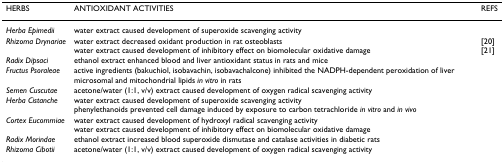
<table><thead><tr><td><b>HERBS</b></td><td><b>ANTIOXIDANT ACTIVITIES</b></td><td><b>REFS</b></td></tr></thead><tbody><tr><td><i>Herba Epimedii</i></td><td>water extract caused development of superoxide scavenging activity</td><td>[EMPTY_CELL]</td></tr><tr><td><i>Rhizoma Drynariae</i></td><td>water extract decreased oxidant production in rat osteoblastswater extract caused development of inhibitory effect on biomolecular oxidative damage</td><td>[20][21]</td></tr><tr><td><i>Radix Dipsaci</i></td><td>ethanol extract enhanced blood and liver antioxidant status in rats and mice</td><td>[EMPTY_CELL]</td></tr><tr><td><i>Fructus Psoraleae</i></td><td>active ingredients (bakuchiol, isobavachin, isobavachalcone) inhibited the NADPH-dependent peroxidation of liver microsomal and mitochondrial lipids <i>in vitro </i>in rats</td><td>[EMPTY_CELL]</td></tr><tr><td><i>Semen Cuscutae</i></td><td>acetone/water (1:1, v/v) extract caused development of oxygen radical scavenging activity</td><td>[EMPTY_CELL]</td></tr><tr><td><i>Herba Cistanche</i></td><td>water extract caused development of superoxide scavenging activityphenylethanoids prevented cell damage induced by exposure to carbon tetrachloride <i>in vitro </i>and <i>in vivo</i></td><td>[EMPTY_CELL]</td></tr><tr><td><i>Cortex Eucommiae</i></td><td>water extract caused development of hydroxyl radical scavenging activitywater extract caused development of inhibitory effect on biomolecular oxidative damage</td><td>[EMPTY_CELL]</td></tr><tr><td><i>Radix Morindae</i></td><td>ethanol extract increased blood superoxide dismutase and catalase activities in diabetic rats</td><td>[EMPTY_CELL]</td></tr><tr><td><i>Rhizoma Cibotii</i></td><td>acetone/water (1:1, v/v) extract caused development of oxygen radical scavenging activity</td><td>[EMPTY_CELL]</td></tr></tbody></table>